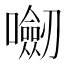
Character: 𭌝